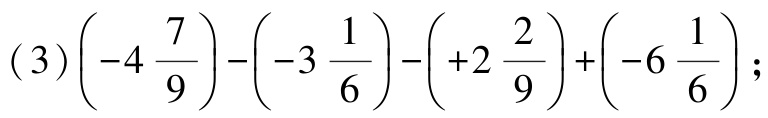
\((3)\left(-4\frac{7}{9}\right)-\left(-3\frac{1}{6}\right)-\left(+2\frac{2}{9}\right)+\left(-6\frac{1}{6}\right);\)